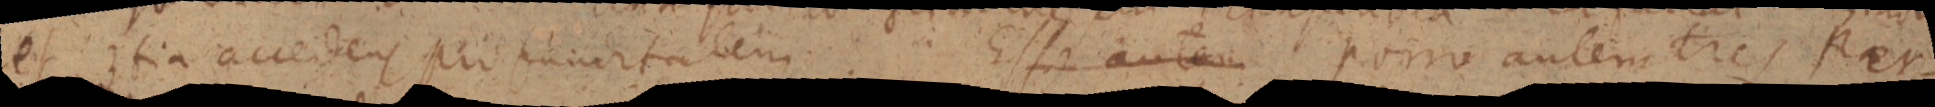
et _ tia accedens pro funditatem Esse autem porro autem tres Per